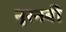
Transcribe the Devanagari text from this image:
नूरनबी